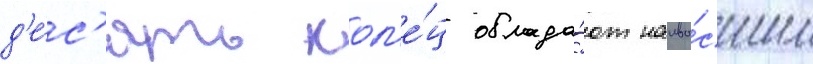
д'е́с'ять кол'е́ц облада́ют наивы́сшим